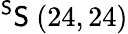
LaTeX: ^{\mathsf{S}}\mathsf{S}\ (24,24)